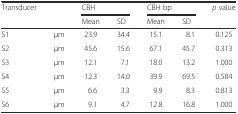
| Transducer |  | <COLSPAN=2> CBH | <COLSPAN=2> CBH bp | p value |
 |  |  | Mean | SD | Mean | SD |  |
 | --- | --- | --- | --- | --- | --- | --- |
 | S1 | μm | 23.9 | 34.4 | 15.1 | 8.1 | 0.125 |
 | S2 | μm | 45.6 | 15.6 | 67.1 | 45.7 | 0.313 |
 | S3 | μm | 12.1 | 7.1 | 18.0 | 13.2 | 1.000 |
 | S4 | μm | 12.3 | 14.0 | 39.9 | 69.5 | 0.584 |
 | S5 | μm | 6.6 | 3.3 | 9.9 | 8.3 | 0.813 |
 | S6 | μm | 9.1 | 4.7 | 12.8 | 16.8 | 1.000 |